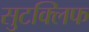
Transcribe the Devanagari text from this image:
सुटक्लिफ